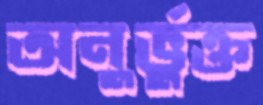
অনুর্ভুক্ত